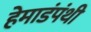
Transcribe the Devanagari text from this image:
हेमाडंपंथी